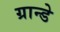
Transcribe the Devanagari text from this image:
ग्रान्डे